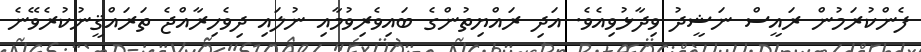
ފެންކުރަމުން ރައީސް ނަޝީދު ވިދާޅުވިއެވެ. އަދި ރައްޔިތުންގެ ބައިވެރިވުމާއި ނުލައި ދިވެހިރާއްޖެ ތަރައްޤީނުކުރެވޭނެ